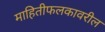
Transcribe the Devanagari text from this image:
माहितीफलकावरील